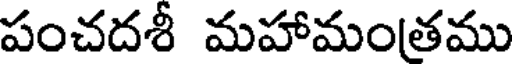
పంచదశీ మహామంత్రము